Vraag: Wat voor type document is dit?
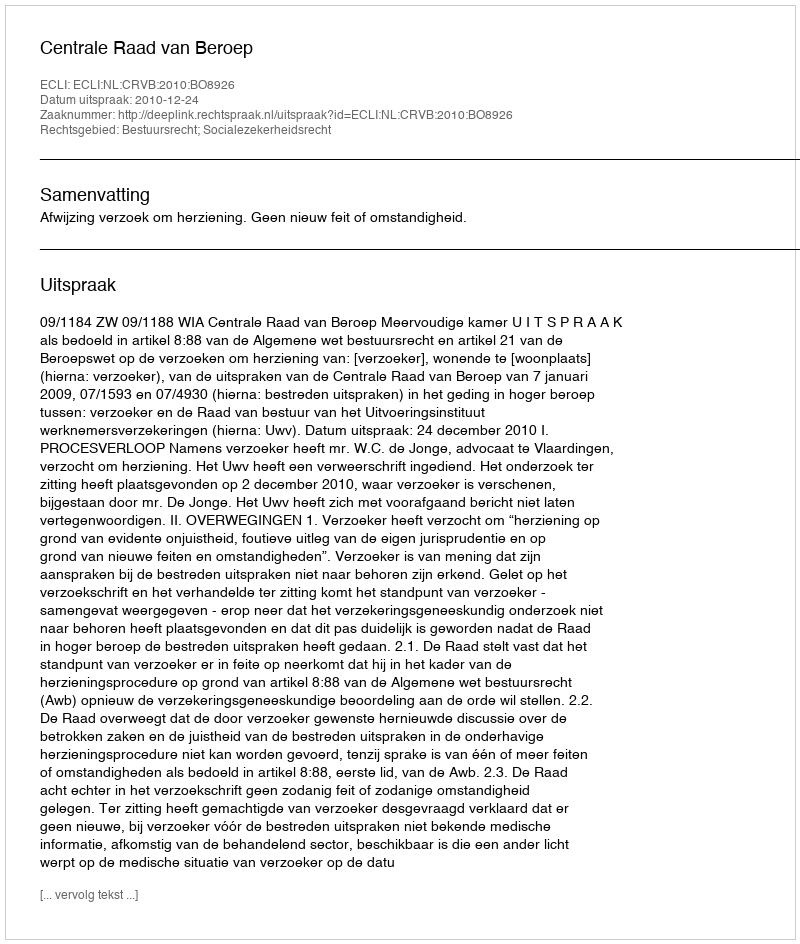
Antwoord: Uitspraak